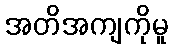
အတိအကျကိုမူ